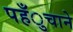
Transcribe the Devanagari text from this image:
पहँुचाने